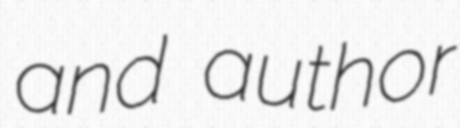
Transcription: and author